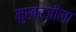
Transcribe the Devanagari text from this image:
मुखर्जीला